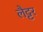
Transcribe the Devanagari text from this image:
लैट्टर